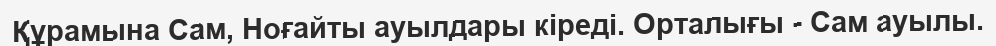
Құрамына Сам, Ноғайты ауылдары кіреді. Орталығы - Сам ауылы.